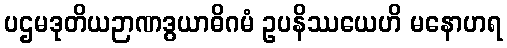
ပဌမဒုတိယဉာဏဒွယာဓိဂမံ ဥပနိဿယေဟိ မနောဟရ